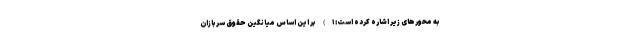
به محورهای زیر اشاره کرده است: ۱) بر این اساس میانگین حقوق سربازان